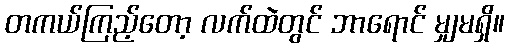
တကယ်ကြည့်တော့ လက်ထဲတွင် ဘာရောင် မျှမရှိ။